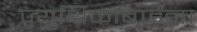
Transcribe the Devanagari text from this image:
ज्युथिकाबाईंना